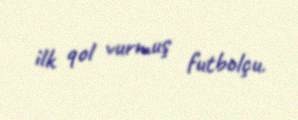
ilk qol vurmuş futbolçu.